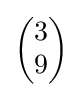
{\begin{pmatrix}3\\9\end{pmatrix}}